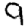
Digit: 9